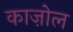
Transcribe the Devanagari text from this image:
काज़ोल